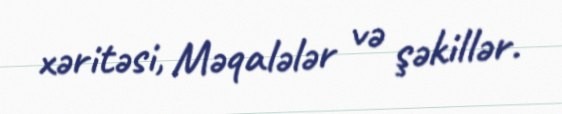
xəritəsi, Məqalələr və şəkillər.